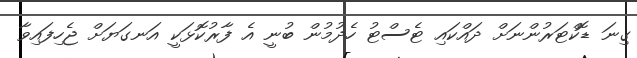
ގިނަ ޑޮކްޓަރުންނަށް ދައްކައި ޓެސްޓު ހެދުމުން ބުނީ އެ ފާރުކޮޅަކީ އަނގަޔަށް ޖެހިފައިވާ